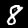
Label: 8